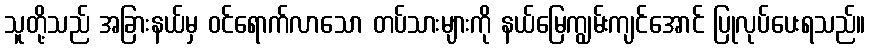
သူတို့သည် အခြားနယ်မှ ဝင်ရောက်လာသော တပ်သားများကို နယ်မြေကျွမ်းကျင်အောင် ပြုလုပ်ပေးရသည်။